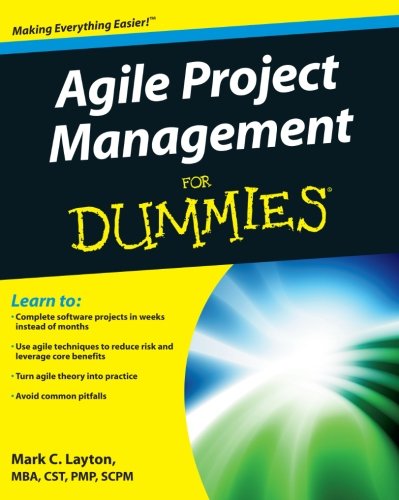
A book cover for Agile Project Management For Dummies; Mark C. Layton; Computers & Technology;